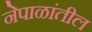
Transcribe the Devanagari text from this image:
नेपाळांतील